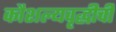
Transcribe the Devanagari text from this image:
कौशल्यवृद्धीची